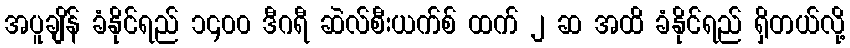
အပူချိန် ခံနိုင်ရည် ၁၄၀၀ ဒီဂရီ ဆဲလ်စီးယက်စ် ထက် ၂ ဆ အထိ ခံနိုင်ရည် ရှိတယ်လို့